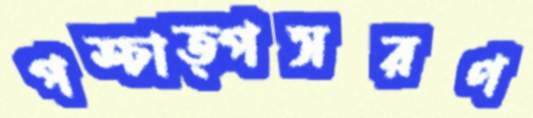
পশ্চাত্পসরণ